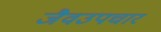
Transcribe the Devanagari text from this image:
जैवउपचार